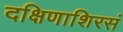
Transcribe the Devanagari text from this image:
दक्षिणाशिरसं